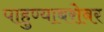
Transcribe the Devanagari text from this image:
पाहुण्याबरोबर